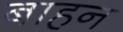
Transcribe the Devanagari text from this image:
बाहन